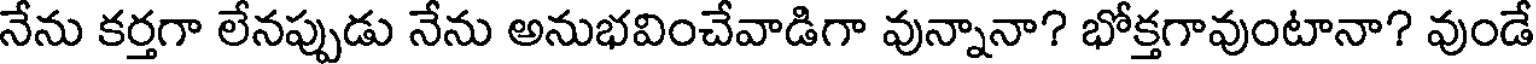
నేను కర్తగా లేనప్పుడు నేను అనుభవించేవాడిగా వున్నానా? భోక్తగావుంటానా? వుండే